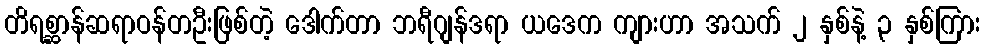
တိရစ္ဆာန်ဆရာဝန်တဦးဖြစ်တဲ့ ဒေါက်တာ ဘရီဂျန်ဒရာ ယဒေက ကျားဟာ အသက် ၂ နှစ်နဲ့ ၃ နှစ်ကြား